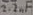
Text: 2.2µF